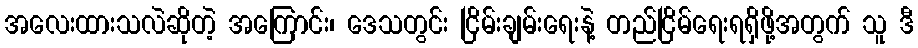
အလေးထားသလဲဆိုတဲ့ အကြောင်း၊ ဒေသတွင်း ငြိမ်းချမ်းရေးနဲ့ တည်ငြိမ်ရေးရရှိဖို့အတွက် သူ ဒီ